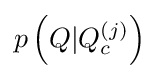
p\left(Q|Q_{c}^{(j)}\right)